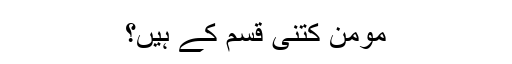
مومن کتنی قسم کے ہیں؟